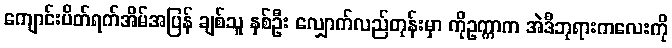
ကျောင်းပိတ်ရက်အိမ်အပြန် ချစ်သူ နှစ်ဦး လျှောက်လည်တုန်းမှာ ကိုဥက္ကာက အဲဒီဘုရားကလေးကို